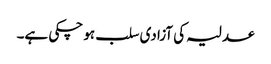
عدلیہ کی آزادی سلب ہو چکی ہے۔